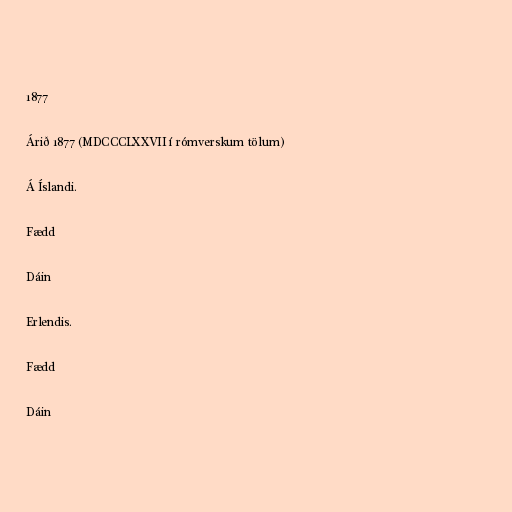
1877

Árið 1877 (MDCCCLXXVII í rómverskum tölum)

Á Íslandi.

Fædd

Dáin

Erlendis.

Fædd

Dáin